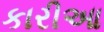
કારીઆ